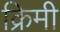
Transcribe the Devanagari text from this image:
क्रिमी